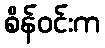
စိန်ဝင်းက